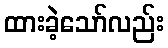
ထားခဲ့သော်လည်း